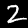
Label: 2